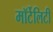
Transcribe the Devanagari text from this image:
मॉर्टेलिटी